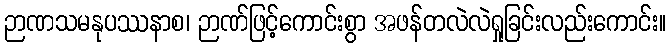
ဉာဏသမနုပဿနာစ၊ ဉာဏ်ဖြင့်ကောင်းစွာ အဖန်တလဲလဲရှုခြင်းလည်းကောင်း။